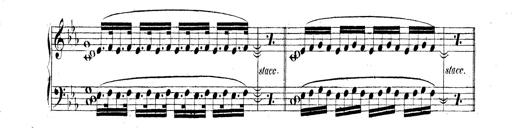
Title: Technische Studien
Composer: Franz Liszt